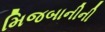
મિજબાનીની